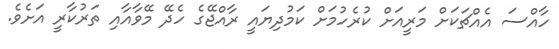
ހާއްސަ އެއްޗަކަށް މަރީއަށް ކުރެހުމަށް ކަމުދިޔައީ ރާއްޖޭގެ ހެދޭ މޭވާއާއި ތަރުކާރީ އަށެވެ.